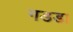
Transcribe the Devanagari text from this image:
गडडा